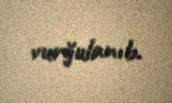
vurğulanıb.